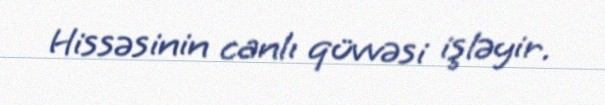
Hissəsinin canlı qüvvəsi işləyir.